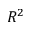
R ^ { 2 }